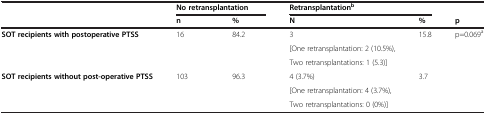
<table><thead><tr><td><b> </b></td><td colspan="2"><b>No retransplantation</b></td><td colspan="2"><b>Retransplantation<sup>b</sup></b></td><td><b> </b></td></tr><tr><td><b> </b></td><td><b>n</b></td><td><b>%</b></td><td><b>N</b></td><td><b>%</b></td><td><b>p</b></td></tr></thead><tbody><tr><td rowspan="3"><b>SOT recipients with postoperative PTSS</b></td><td>16</td><td>84.2</td><td>3</td><td>15.8</td><td rowspan="5">p=0.069<sup>a</sup></td></tr><tr><td> </td><td> </td><td>[One retransplantation: 2 (10.5%),</td><td> </td></tr><tr><td> </td><td> </td><td>Two retransplantations: 1 (5.3)]</td><td> </td></tr><tr><td rowspan="2"><b>SOT recipients without post-operative PTSS</b></td><td>103</td><td>96.3</td><td>4 (3.7%)</td><td>3.7</td></tr><tr><td> </td><td> </td><td>[One retransplantation: 4 (3.7%),</td><td> </td></tr><tr><td> </td><td> </td><td> </td><td>Two retransplantations: 0 (0%)]</td><td> </td><td> </td></tr></tbody></table>